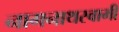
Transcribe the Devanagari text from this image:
नागनाथस्वामी